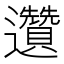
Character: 𲆌